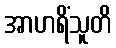
အာဟရိံသူတိ